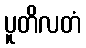
ပူတိလတံ